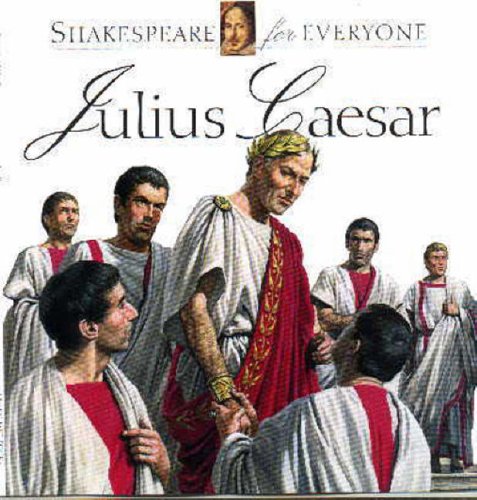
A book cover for Julius Caesar (Shakespeare for Everyone); Jennifer Mulherin; Literature & Fiction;